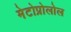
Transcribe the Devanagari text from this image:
मेटोप्रोलोल